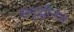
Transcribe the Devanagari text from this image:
समृद्धीनेच